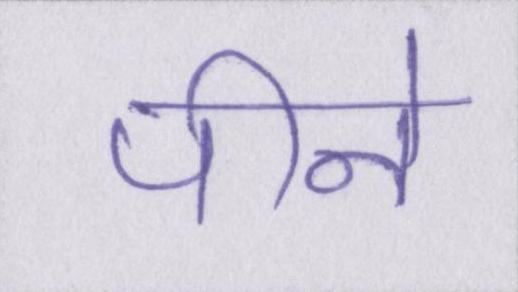
पीने